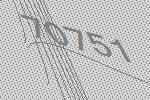
70751